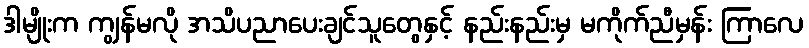
ဒါမျိုးက ကျွန်မလို အသိပညာပေးချင်သူတွေနှင့် နည်းနည်းမှ မကိုက်ညီမှန်း ကြာလေ